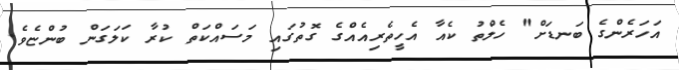
އަަހަރެންގެ ބަނޑަށް" ހެލްތު ކެއާ އެހީތެރިއެއްގެ ގޮތުގައި މަސައްކަތް ކުރާ ކަލަގަން ބުންޏެވެ.